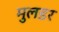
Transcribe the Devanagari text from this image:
मुलडर